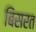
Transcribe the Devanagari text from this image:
बिसरत